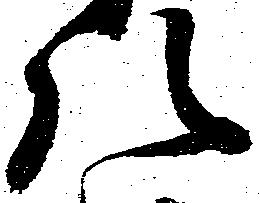
八